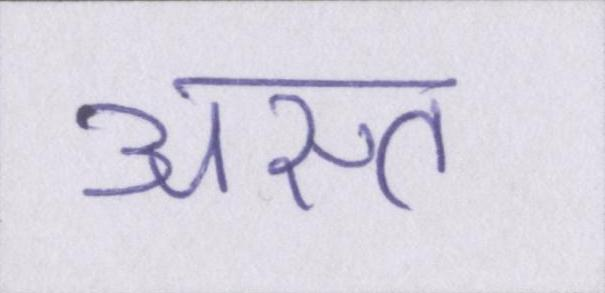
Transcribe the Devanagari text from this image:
अस्त